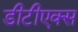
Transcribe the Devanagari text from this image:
डीटीएक्स